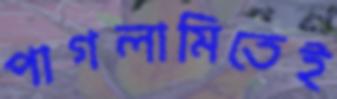
পাগলামিতেই